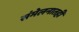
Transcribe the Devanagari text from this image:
संमेलनातही